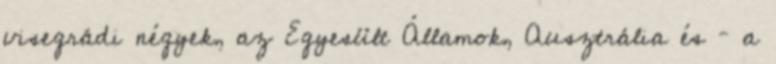
visegrádi négyek, az Egyesült Államok, Ausztrália és – a